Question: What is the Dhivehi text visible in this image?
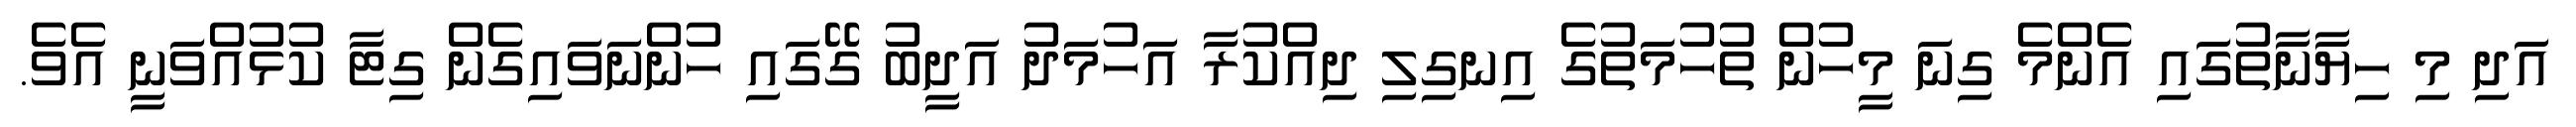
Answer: އަދި މި ހިޔާނާތުގައި އެންމެ ގިނަ މީހުން ތުހުމަތުގެ އިނގިލި ދިއްކުރާ އަހުމަދު އަދީބު ގޭގައި ހުންނަވައިގެން ގިޓާ ކުޅުއްވަނީ އެވެ.